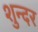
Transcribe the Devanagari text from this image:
शुन्दर